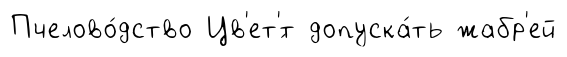
Пчелово́дство Цв'ет'́т допуска́ть жабр'ей